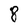
Character: 8